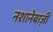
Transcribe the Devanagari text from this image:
नशानेबाज़ी